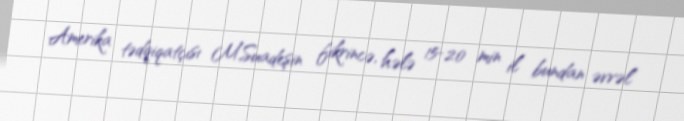
Amerika tədqiqatçısı M.Suadeşin fikrincə, hələ 15-20 min il bundan əvvəl